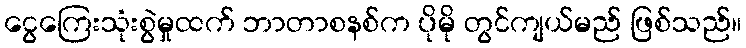
ငွေကြေးသုံးစွဲမှုထက် ဘာတာစနစ်က ပိုမို တွင်ကျယ်မည် ဖြစ်သည်။